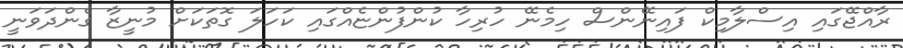
ރާއްޖޭގައި އިސްލާމިކް ފައިނޭންސް ހިމެނޭ ހުރިހާ ކުންފުންޏެއްގައި ކަހަލަ ގޮތަކަށް މުނީޒާ ގެންދަވަނީ